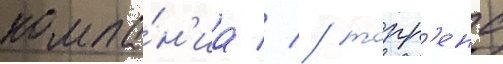
компа́н'иа // / торр'енс